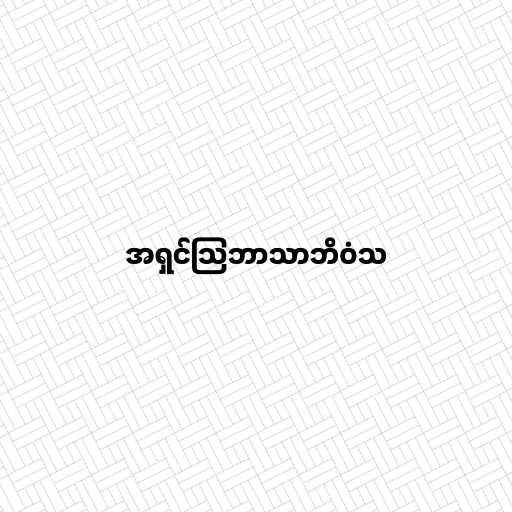
အရှင်သြဘာသာဘိဝံသ